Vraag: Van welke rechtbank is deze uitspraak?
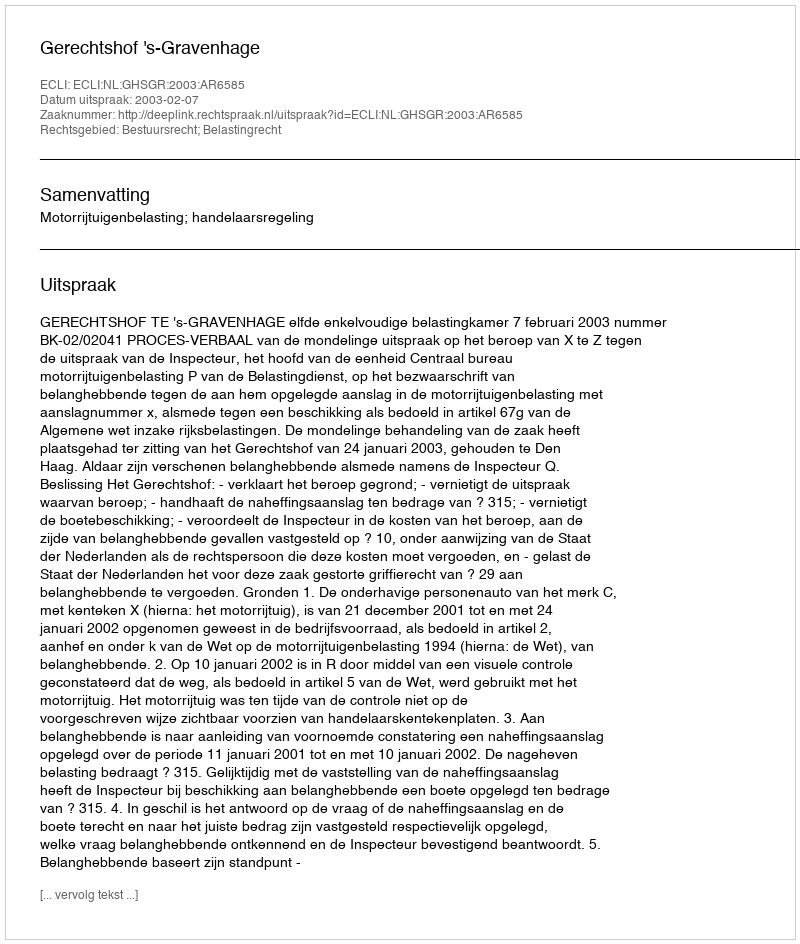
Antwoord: Gerechtshof 's-Gravenhage